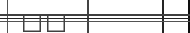
١٧